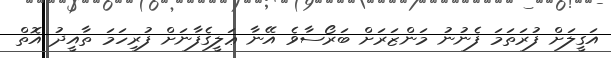
އަގީލަށް ފުރަތަމަ ފެނުނު މަންޒަރަށް ބަރޯސާވެ އޭނާ ޢަލީގެފާނަށް ފުރިހަމަ ތާއީދު އޮތް